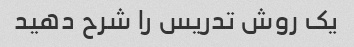
یک روش تدریس را شرح دهید